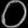
Digit: ၀